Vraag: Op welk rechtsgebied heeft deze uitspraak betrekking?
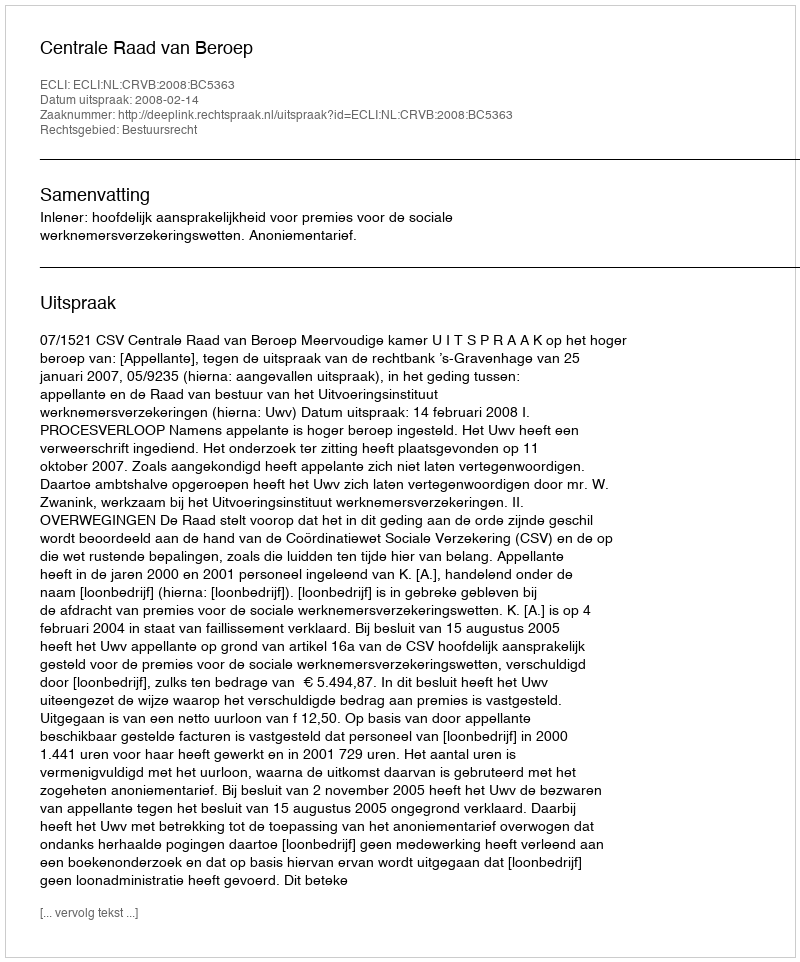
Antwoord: Bestuursrecht